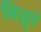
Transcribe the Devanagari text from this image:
सिद्धूने